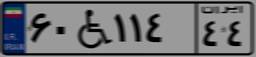
۶۰W۱۱۴۴۴